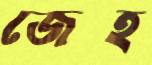
জেহ